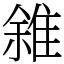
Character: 雓